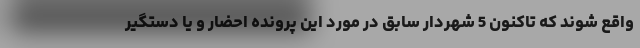
واقع شوند که تاکنون 5 شهردار سابق در مورد این پرونده احضار و یا دستگیر